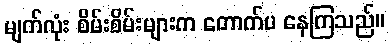
မျက်လုံး စိမ်းစိမ်းများက တောက်ပ နေကြသည်။